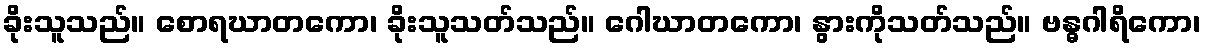
ခိုးသူသည်။ စောရဃာတကော၊ ခိုးသူသတ်သည်။ ဂေါဃာတကော၊ နွားကိုသတ်သည်။ ဗန္ဓဂါရိကော၊